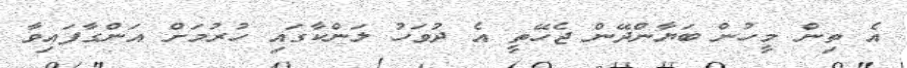
އެ ތިން މީހުން ބަޔާންދޭން ޖެހޭތީ އެ ދުވަހު ލަންކާގައި ހުރުމަށް އަންގާފައިވާ